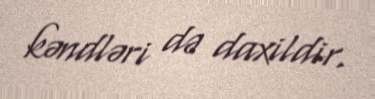
kəndləri də daxildir.